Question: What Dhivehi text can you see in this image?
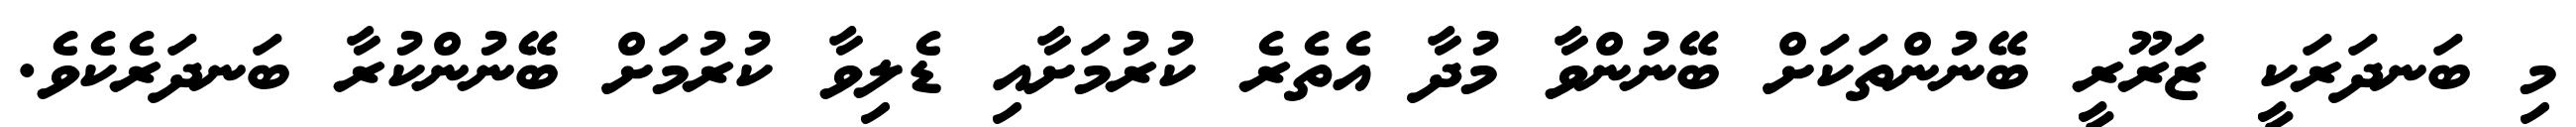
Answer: މި ބަނދަރަކީ ޒަރޫރީ ބޭނުންތަކަށް ބޭނުންވާ މުދާ އެތެރެ ކުރުމަށާއި ޑެލިވާ ކުރުމަށް ބޭނުންކުރާ ބަނދަރެކެވެ.